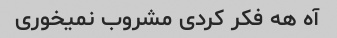
آه هه فکر کردی مشروب نمیخوری